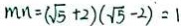
m n = ( \sqrt { 5 } + 2 ) ( \sqrt { 5 } - 2 ) = 1